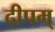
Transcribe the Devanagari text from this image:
दीपम्